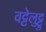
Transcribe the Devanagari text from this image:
वट्टेलुट्टु